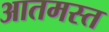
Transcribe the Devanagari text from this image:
आतमस्त